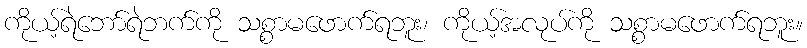
ကိုယ့်ရဲဘော်ရဲဘက်ကို သစ္စာမဖောက်ရဘူး၊ ကိုယ့်အလုပ်ကို သစ္စာမဖောက်ရဘူး။